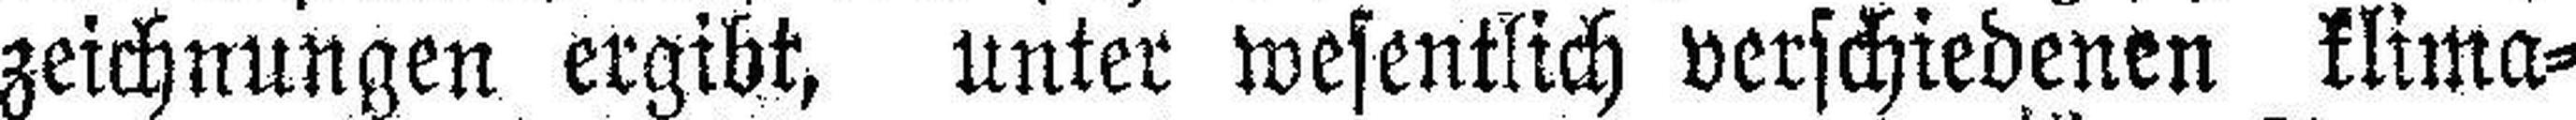
zeichnungen ergibt, unter wesentlich verschiedenen klima¬